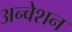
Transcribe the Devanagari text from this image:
अन्वेशन